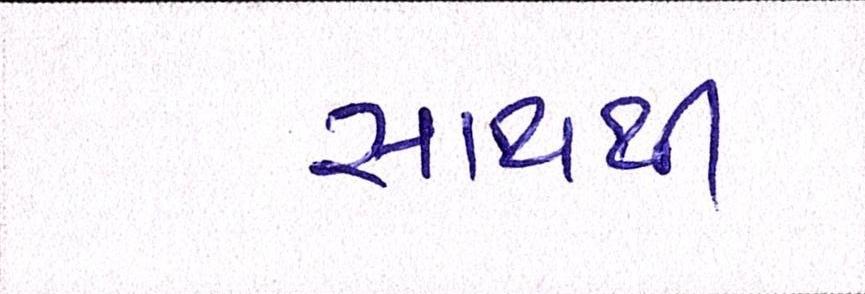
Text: સાથથી